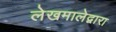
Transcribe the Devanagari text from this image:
लेखमालेद्वारा